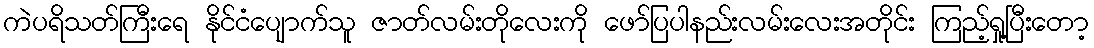
ကဲပရိသတ်ကြီးရေ နိုင်ငံပျောက်သူ ဇာတ်လမ်းတိုလေးကို ဖော်ပြပါနည်းလမ်းလေးအတိုင်း ကြည့်ရှု့ပြီးတော့